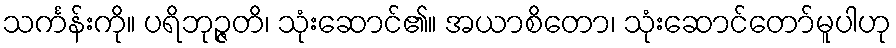
သင်္ကန်းကို။ ပရိဘုဉ္ဇတိ၊ သုံးဆောင်၏။ အယာစိတော၊ သုံးဆောင်တော်မူပါဟု